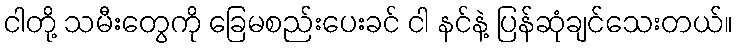
ငါတို့ သမီးတွေကို ခြေမစည်းပေးခင် ငါ နင်နဲ့ ပြန်ဆုံချင်သေးတယ်။